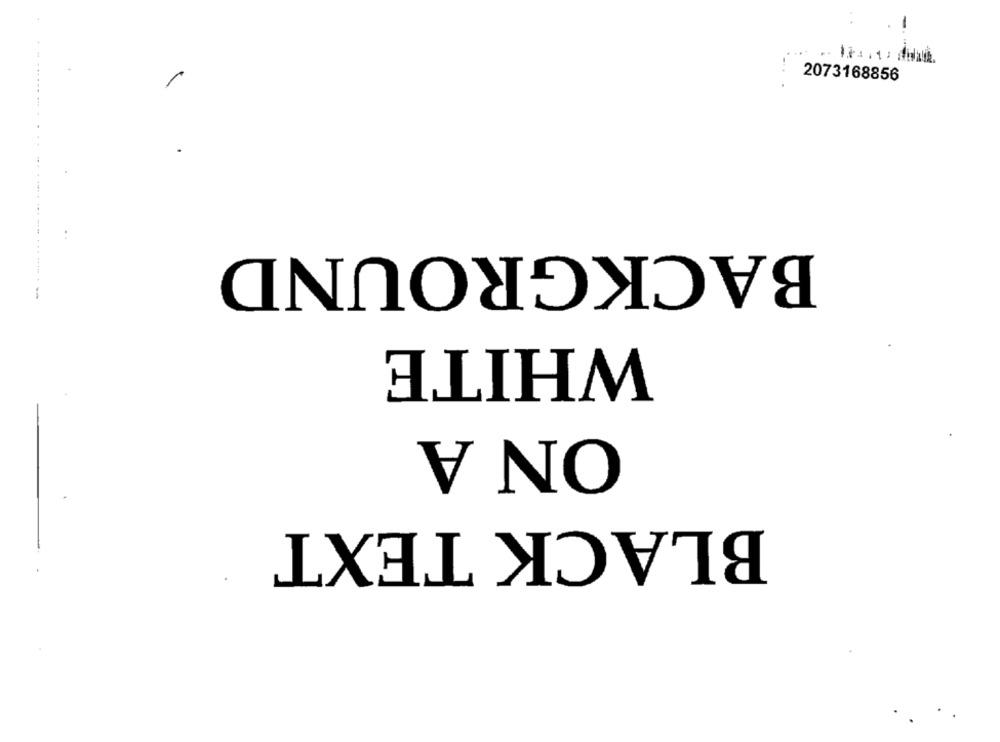
2073168856
BACKGROUND
WHITE
ON A
BLACK TEXT